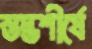
স্তম্ভশীর্ষে